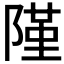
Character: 𨻜